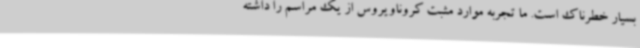
بسیار خطرناک است. ما تجربه موارد مثبت کروناویروس از یک مراسم را داشته